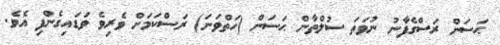
ޙަސަން ރަސްގެފާނު ނުވަތަ ސުލްޠާން ޙަސަން (ހަތްވަނަ) ރަސްކަމަށް ވެރިވެ ވަޑައިގެންފި އެވެ.